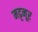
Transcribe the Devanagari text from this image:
मट्टनूर